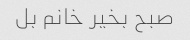
صبح بخیر خانم بل